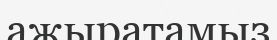
ажыратамыз